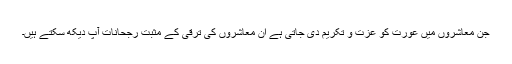
جن معاشروں میں عورت کو عزت و تکریم دی جاتی ہے ان معاشروں کی ترقی کے مثبت رجحانات آپ دیکھ سکتے ہیں۔